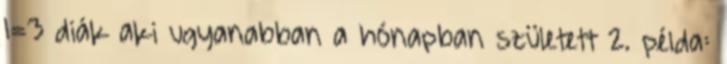
1=3 diák aki ugyanabban a hónapban született 2. példa: